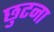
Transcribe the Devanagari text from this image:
छुटना